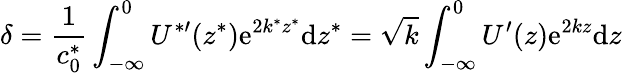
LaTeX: \delta=\frac{1}{c_{0}^{*}}\int_{-\infty}^{0}U^{*\prime}(z^{*})\mathrm{e}^{2k^{*}z^{*}}\mathrm{d}z^{*}=\sqrt{k}\int_{-\infty}^{0}U^{\prime}(z)\mathrm{e}^{2kz}\mathrm{d}z